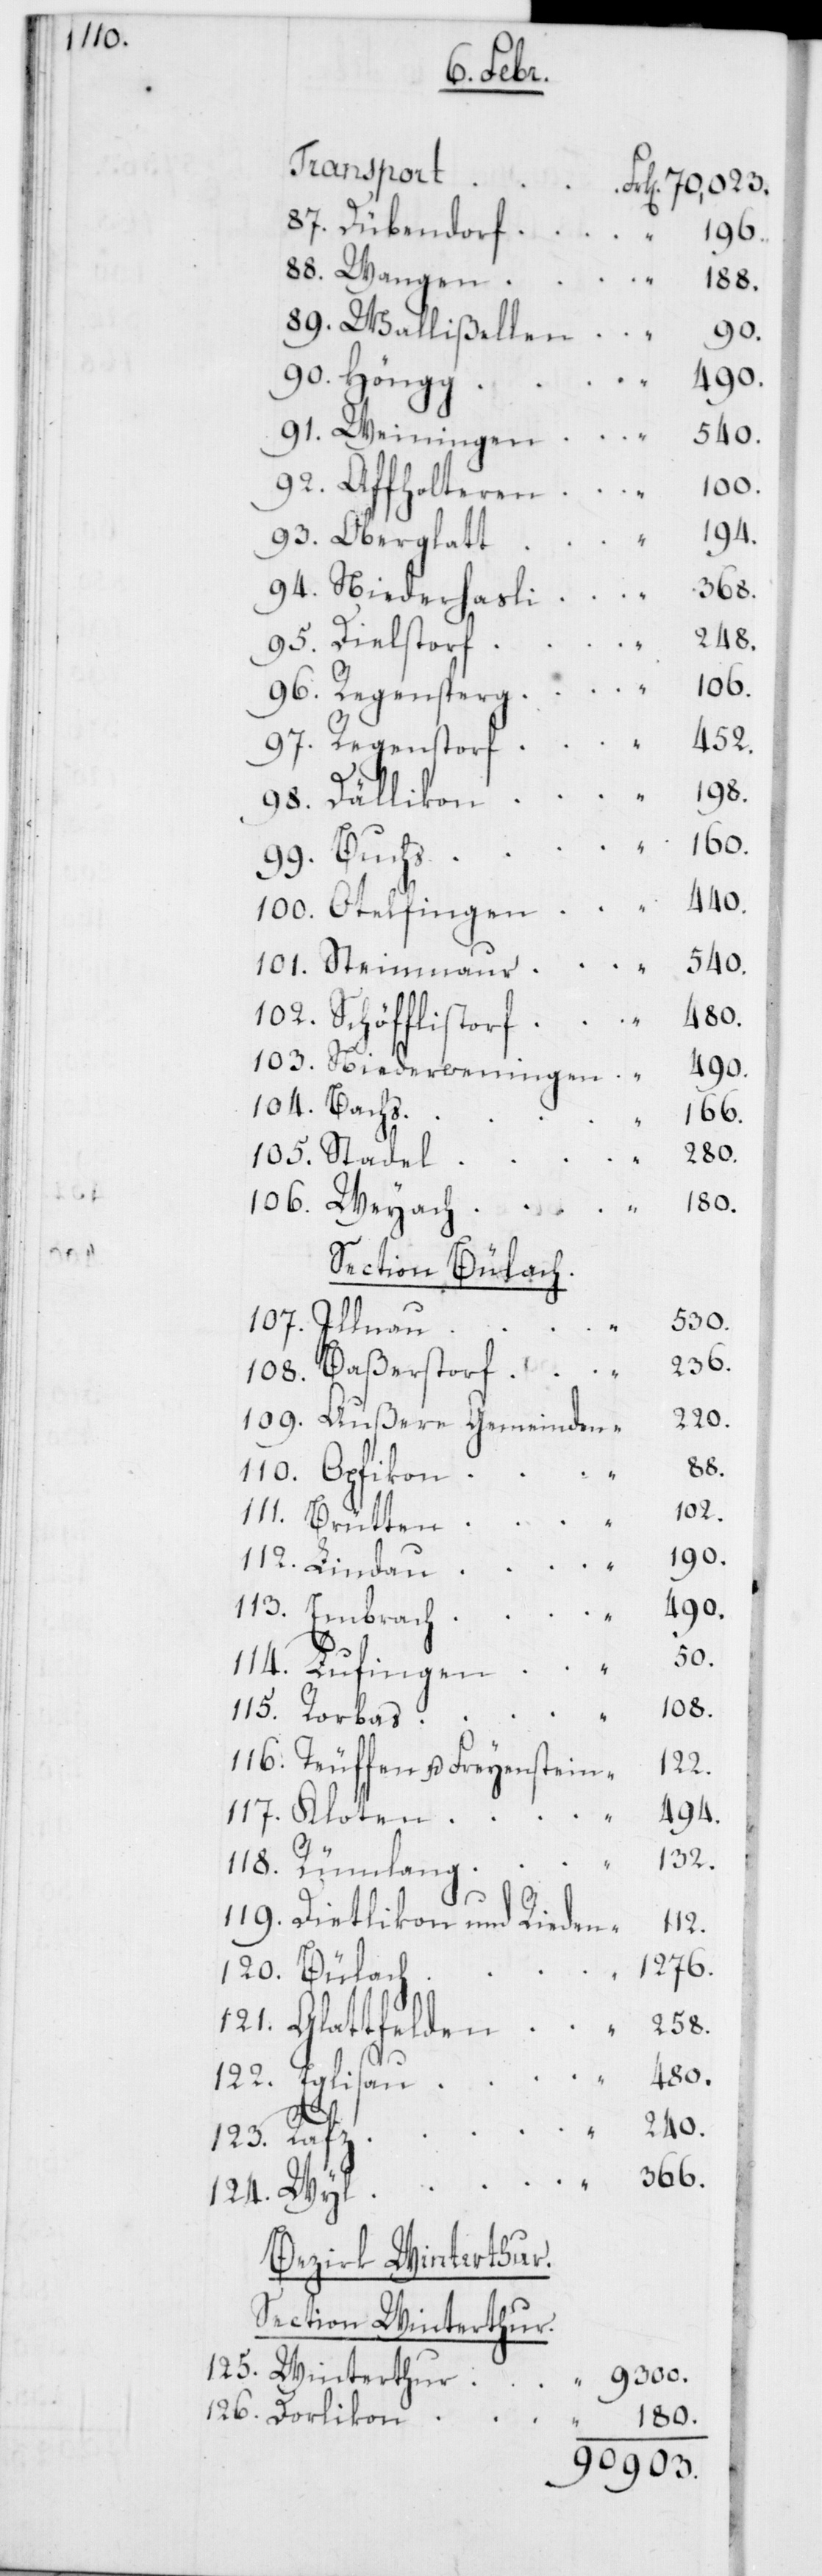
180.

Regenstorf
90. Höngg
92. Affholteren
93. Oberglatt
94. Niederhasli
240.
95. Dielstorf
104. Bachs
166.
105. Stadel
106. Weyach
Section Bülach.
530.
107. Illnau
236.
108. Baßerstorf
220.
109. Außere Gemeinden
258.
110. Opfikon
121.
111. Brütten
196.
112. Lindau
490.
113. Embrach
50.
114. Lufingen
108.
115. Rorbas
116. Teuffen u. Freyenstein
122.
494.
117. Kloten
132.
452.
118. Rümlang
119. Dietlikon und Rieden
120. Bülach
98.
123. Rafz
366.
124. Wyl
Bezirk Winterthur.
Section Winterthur.
125. Winterthur
9300.
126. Dorlikon
70,023.